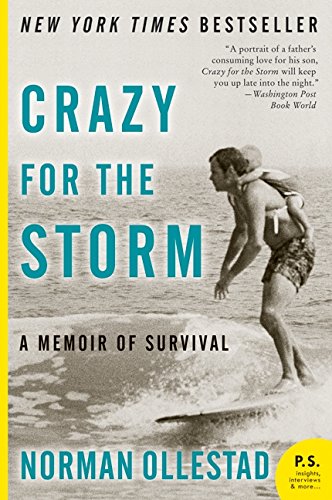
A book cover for Crazy for the Storm: A Memoir of Survival (P.S.); Norman Ollestad; Biographies & Memoirs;